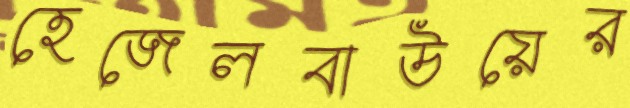
হেজেলবাউয়ের